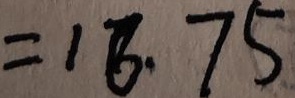
= 1 6 . 7 5